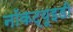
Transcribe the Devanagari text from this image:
नॉकट्यूइडी